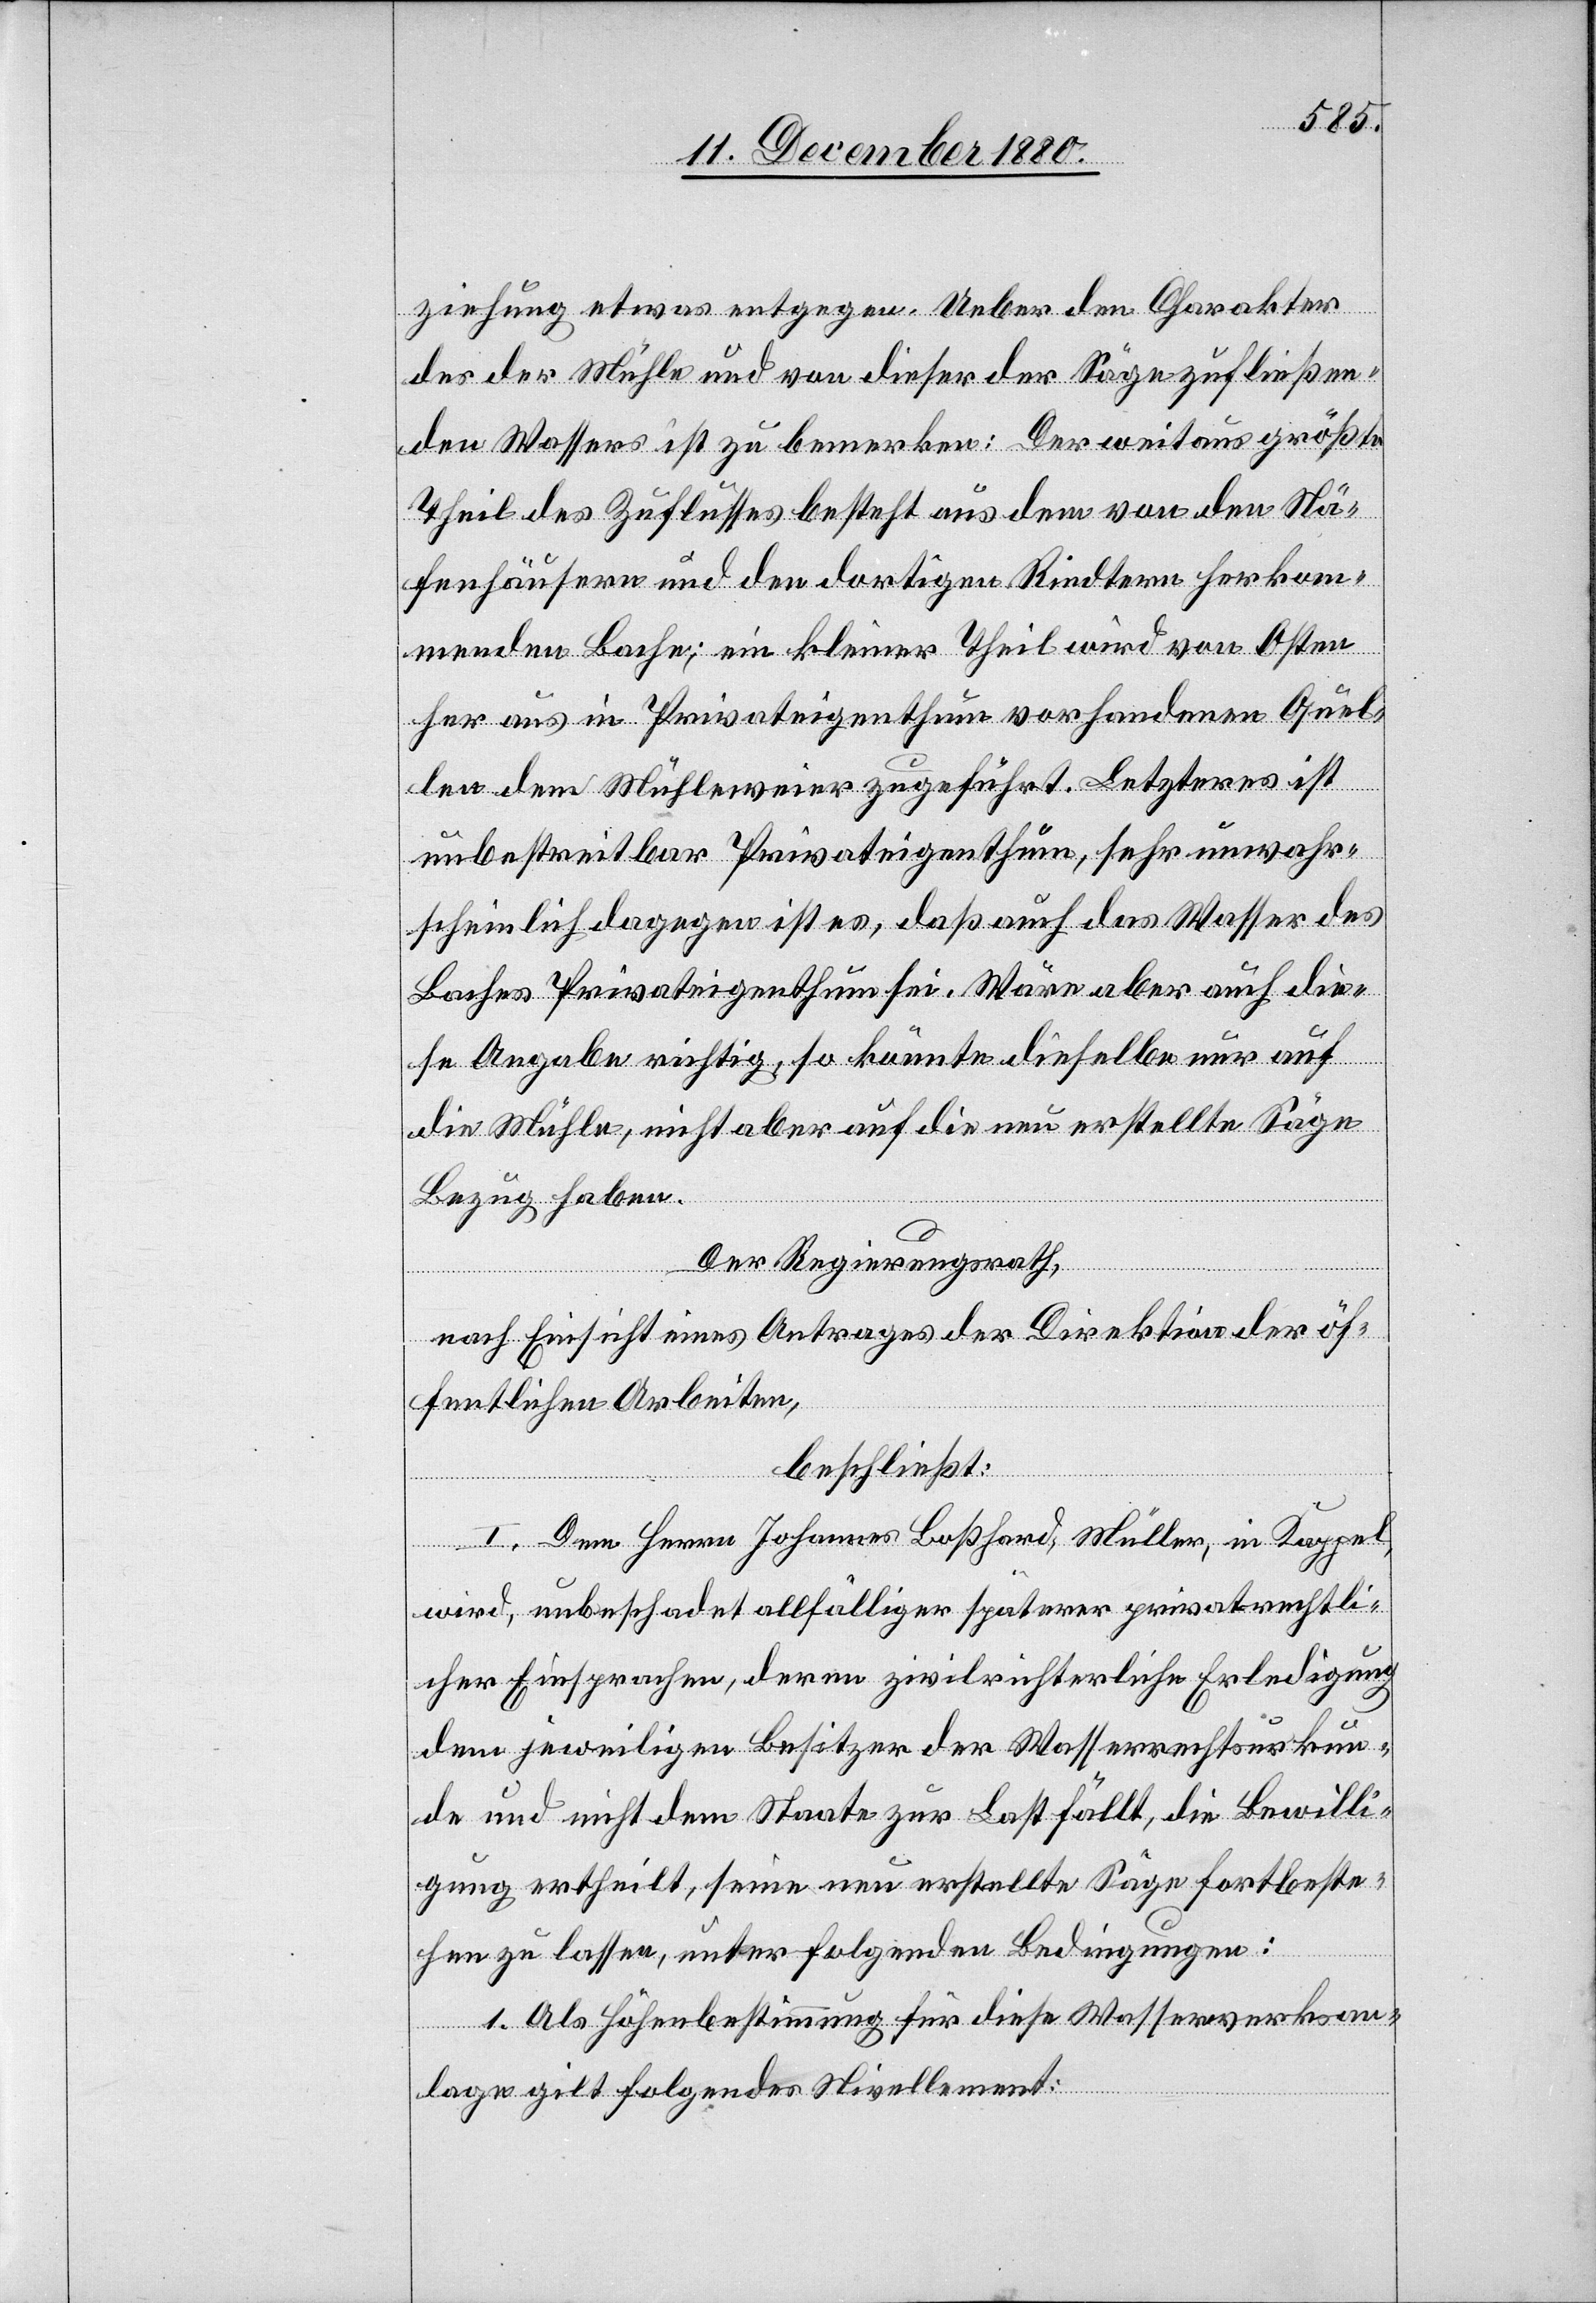
ziehung etwas entgegen. Ueber den Charakter
des der Mühle und von dieser der Säge zufließen¬
den Wassers ist zu bemerken: Der weitaus größte
Theil des Zuflusses besteht aus dem von den Nä¬
fenhäusern und den dortigen Riedtern herkom¬
menden Bache; ein kleiner Theil wird von Osten
her aus in Privateigenthum vorhandenen Quel¬
len dem Mühleweier zugeführt. Letzteres ist
unbestreitbar Privateigenthum, sehr unwahr¬
scheinlich dagegen ist es, daß auch das Wasser des
Baches Privateigenthum sei. Wäre aber auch die¬
se Angabe richtig, so könnte dieselbe nur auf
die Mühle, nicht aber auf die neu erstellte Säge
Bezug haben.
Der Regierungsrath,
nach Einsicht eines Antrages der Direktion der öf¬
fentlichen Arbeiten,
beschließt:
I. Dem Herrn Johannes Boßhard, Müller, in Kappel,
wird unbeschadet allfälliger späterer privatrechtli¬
cher Einsprachen, deren zivilrichterliche Erledigung
dem jeweiligen Besitzer der Wasserrechtsurkun¬
de und nicht dem Staate zur Last fällt, die Bewilli¬
gung ertheilt, seine neu erstellte Säge fortbeste¬
hen zu lassen, unter folgenden Bedingungen:
1. Als Höhenbestimmung für diese Wasserwerksan¬
lage gilt folgendes Nivellement: